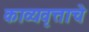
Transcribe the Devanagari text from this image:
काव्यवृत्ताचे